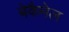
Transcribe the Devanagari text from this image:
बेकैमेल